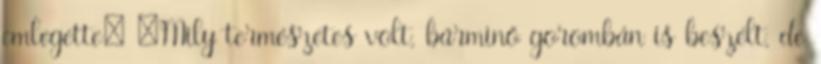
emlegette: „Mily természetes volt, bárminő gorombán is beszélt, de